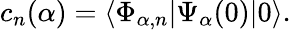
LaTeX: c_{n}(\alpha)=\langle\Phi_{\alpha,n}|\Psi_{\alpha}(0)|0\rangle.